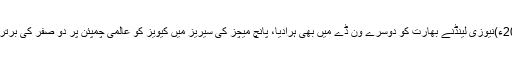
22جنوری 2014ء)نیوزی لینڈنے بھارت کو دوسرے ون ڈے میں بھی ہرادیا، پانچ میچز کی سیریز میں کیویز کو عالمی چمپئن پر دو صفر کی برتری حاصل ہوگئی۔